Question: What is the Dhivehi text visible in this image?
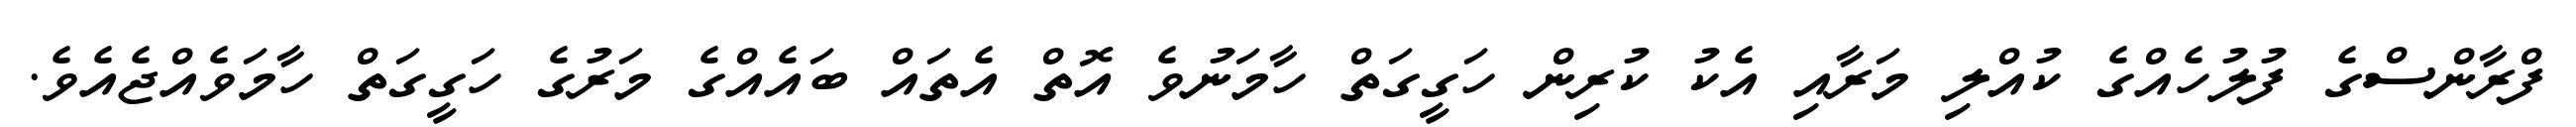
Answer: ފްރާންސްގެ ފުލުހެއްގެ ކުއްލި މަރާއި އެކު ކުރިން ހަގީގަތް ހާމަނުވެ އޮތް އެތައް ބައެއްގެ މަރުގެ ހަގީގަތް ހާމަވެއްޖެއެވެ.